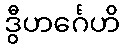
ဒွီဟင်္ဂေဟိ